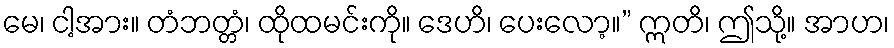
မေ၊ ငါ့အား။ တံဘတ္တံ၊ ထိုထမင်းကို။ ဒေဟိ၊ ပေးလော့။” ဣတိ၊ ဤသို့။ အာဟ၊